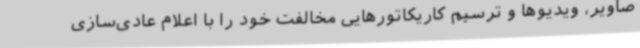
صاویر، ویدیوها و ترسیم کاریکاتورهایی مخالفت خود را با اعلام عادی‌سازی